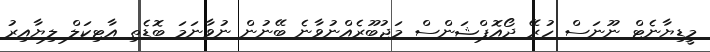
މީޑިޔާނެޓް ނޫނަސް ހުރޭ ދޯއޮޕްޝަންސް މަޖުބޫރެއްނުވާނެ ބޭނުން ނުވާނަމަ ބޮޑެތި އާޓިކަލް ލިޔާއިރު